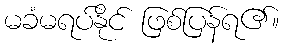
မခံမရပ်နိုင် ဖြစ်ပြန်ရ၏။